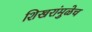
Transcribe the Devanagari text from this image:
शिखरांमुळेच